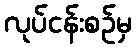
လုပ်ငန်းစဉ်မှ